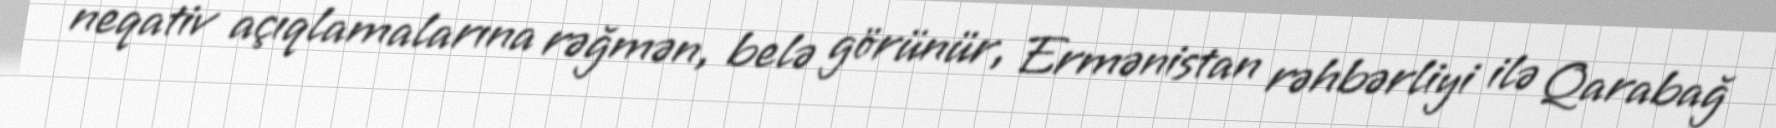
neqativ açıqlamalarına rəğmən, belə görünür, Ermənistan rəhbərliyi ilə Qarabağ